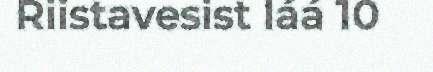
Riistavesist láá 10